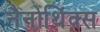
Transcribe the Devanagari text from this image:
नैनोथिंक्स